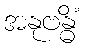
အနုဗန္ဓိံ